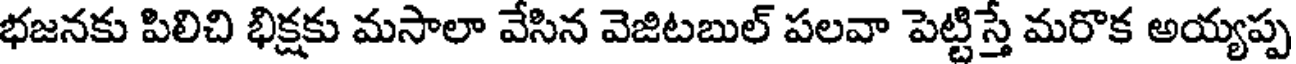
భజనకు పిలిచి భిక్షకు మసాలా వేసిన వెజిటబుల్ పలవా పెట్టిస్తే మరొక అయ్యప్ప